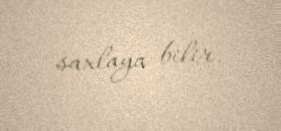
saxlaya bilir.